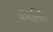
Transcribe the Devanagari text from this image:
कार्लिग